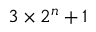
3 \times 2 ^ { n } + 1